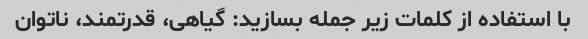
با استفاده از کلمات زیر جمله بسازید: گیاهی، قدرتمند، ناتوان